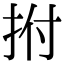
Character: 拊